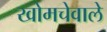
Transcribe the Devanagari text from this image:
खोमचेवाले